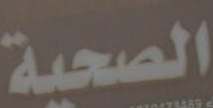
الصحية